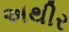
અથીર